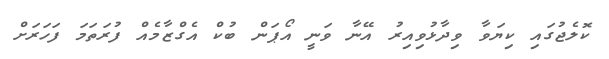
ކޮލެޖުގައި ކިޔަވާ ވިދާޅުވިއިރު އޭނާ ވަނީ އޯޕަން ބުކް އެގްޒާމެއް ފުރަތަމަ ފަހަރަށް